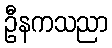
ဦနကသညာ